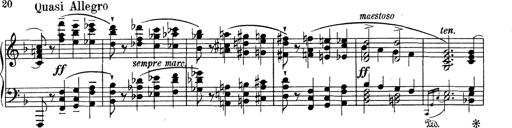
Title: Variationen Ã¼ber das Motiv von Bach
Composer: Franz Liszt